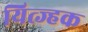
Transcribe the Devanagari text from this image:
यित्ज्हक